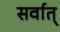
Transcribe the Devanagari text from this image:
सर्वात्